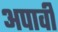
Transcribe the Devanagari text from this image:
अपावी